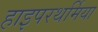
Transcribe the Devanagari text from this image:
हाइपरथर्मिया